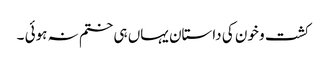
کشت و خون کی داستان یہاں ہی ختم نہ ہوئی ۔